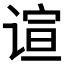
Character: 𬤎